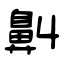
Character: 鼼